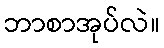
ဘာစာအုပ်လဲ။